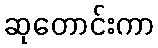
ဆုတောင်းကာ